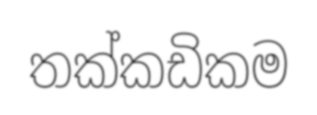
තක්කඩිකම